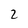
Character: 2